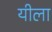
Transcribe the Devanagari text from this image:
यीला